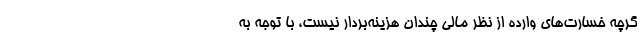
گرچه خسارت‌های وارده از نظر مالی چندان هزینه‌بردار نیست، با توجه به